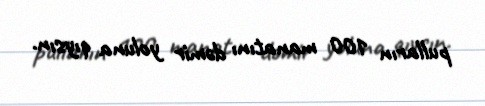
pulların 100 manatını dəmir yoluna qıysın.